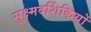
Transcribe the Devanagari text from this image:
सूक्ष्मदर्शिकियों